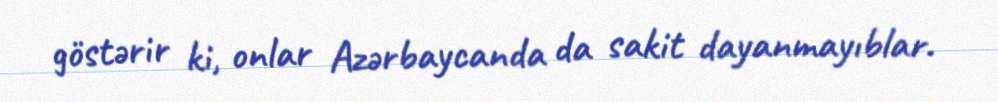
göstərir ki, onlar Azərbaycanda da sakit dayanmayıblar.